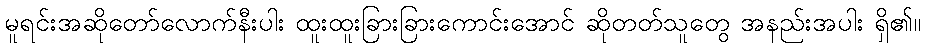
မူရင်းအဆိုတော်လောက်နီးပါး ထူးထူးခြားခြားကောင်းအောင် ဆိုတတ်သူတွေ အနည်းအပါး ရှိ၏။